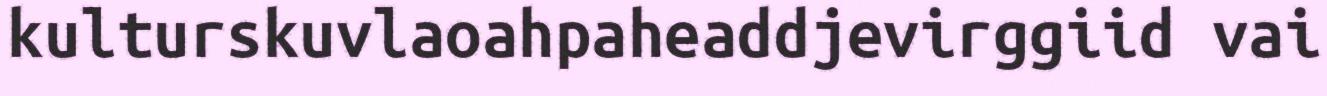
kulturskuvlaoahpaheaddjevirggiid vai